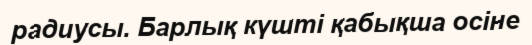
радиусы. Барлық күшті қабықша осіне